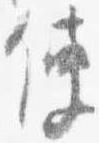
使